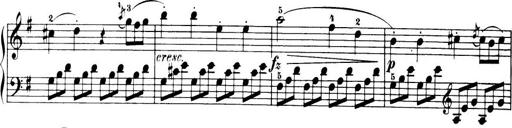
Title: 32 Sonatinas and Rondos for the Piano
Composer: Richard Kleinmichel